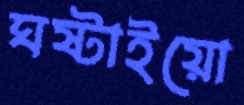
ঘষ্‌টাইয়ো